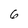
Character: 6